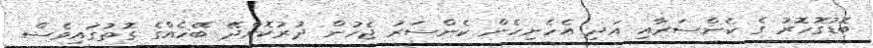
ބޮޑުގޮހޮރު ގެ ކެންސަރާއި އަދި އެހެނިހެން ކެންސަރު ޖެހުން ދުރުކޮށްދޭ ބޭހެއްގެ ގޮތުގައިވެސް